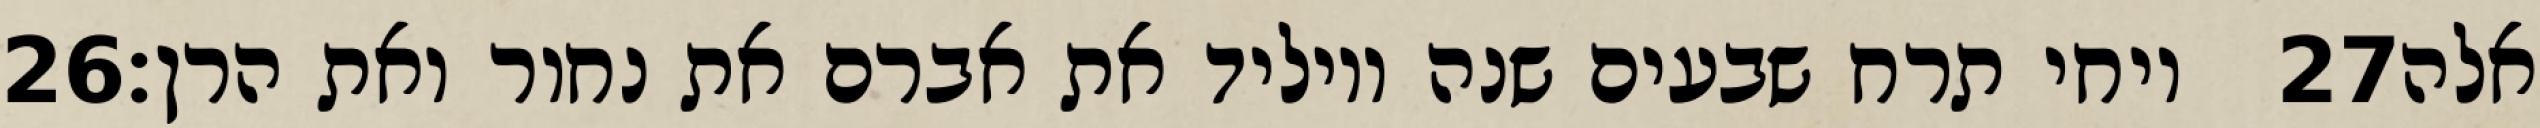
‎26‏ ויחי תרח שבעים שנה ויוליד את אברם את נחור ואת הרן׃ ‎27‏ אלה